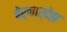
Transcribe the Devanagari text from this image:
बेर्नार्देझ